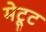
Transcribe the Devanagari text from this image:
मेट्टू